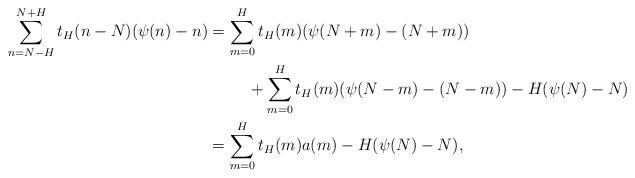
LaTeX: \begin{align*}\sum_{n = N-H}^{N+H} t_H(n-N)(\psi(n)-n)&= \sum_{m = 0}^{H} t_H(m)(\psi(N+m)-(N+m))\\&\hskip1cm + \sum_{m = 0}^{H} t_H(m)(\psi(N-m)-(N-m)) - H (\psi(N)-N) \\ & = \sum_{m = 0}^{H} t_H(m)a(m) - H (\psi(N)-N),\end{align*}